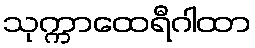
သုက္ကာထေရီဂါထာ